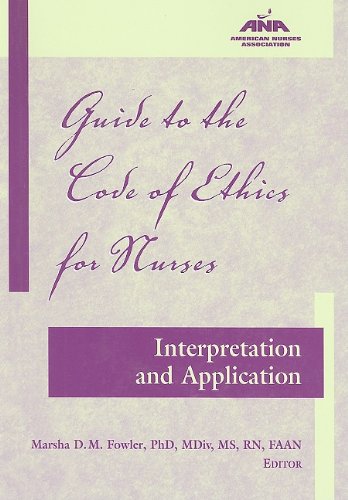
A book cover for Guide to the Code of Ethics for Nurses: Interpretation and Application (American Nurses Association); Medical Books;